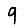
Digit: 9